Vaccination in Bombay 1874-1876 - 1874-1876
Year: 1874
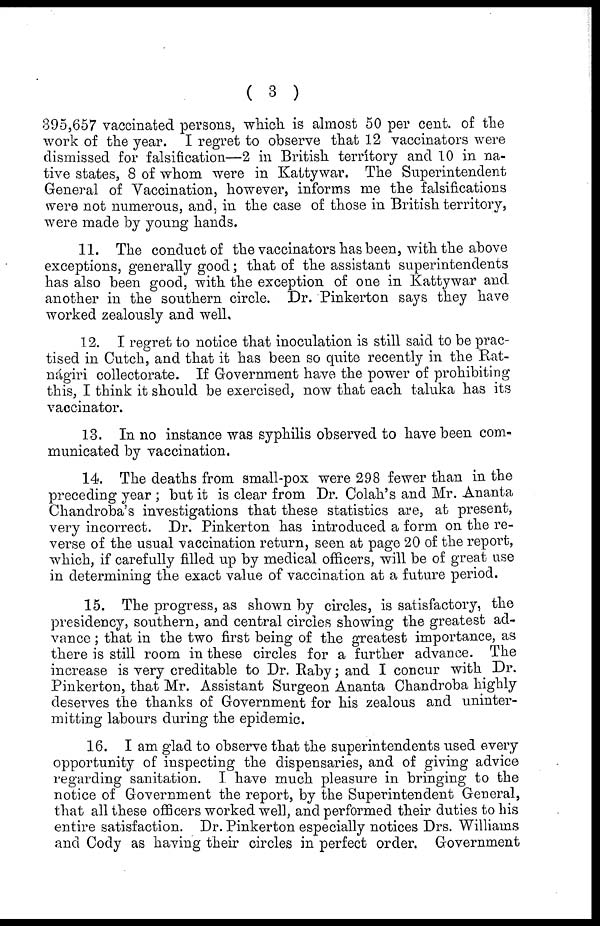
( 3 )
395,657 vaccinated persons, which is almost 50 per cent. of the
work of the year. I regret to observe that 12 vaccinators were
dismissed for falsification—2 in British terrítory and 10 in na-
tive states, 8 of whom were in Kattywar. The Superintendent
General of Vaccination, however, informs me the falsifications
were not numerous, and, in the case of those in British territory,
were made by young hands.
11. The conduct of the vaccinators has been, with the above
exceptions, generally good; that of the assistant superintendents
has also been good, with the exception of one in Kattywar and
another in the southern circle. Dr. Pinkerton says they have
worked zealously and well.
12. I regret to notice that inoculation is still said to be prac-
tised in Cutch, and that it has been so quite recently in the Rat¬
nágiri collectorate. If Government have the power of prohibiting
this, I think it should be exercised, now that each taluka has its
vaccinator.
13. In no instance was syphilis observed to have been com-
municated by vaccination.
14. The deaths from small-pox were 298 fewer than in the
preceding year ; but it is clear from Dr. Colah's and Mr. Ananta
Chandroba's investigations that these statistics are, at present,
very incorrect. Dr. Pinkerton has introduced a form on the re-
verse of the usual vaccination return, seen at page 20 of the report,
which, if carefully filled up by medical officers, will be of great use
in determining the exact value of vaccination at a future period.
15. The progress, as shown by circles, is satisfactory, the
presidency, southern, and central circles showing the greatest ad-
vance ; that in the two first being of the greatest importance, as
there is still room in these circles for a further advance. The
increase is very creditable to Dr. Raby; and I concur with Dr.
Pinkerton, that Mr. Assistant Surgeon Ananta Chandroba highly
deserves the thanks of Government for his zealous and uninter¬
mitting labours during the epidemic.
16. I am glad to observe that the superintendents used every
opportunity of inspecting the dispensaries, and of giving advice
regarding sanitation. I have much pleasure in bringing to the
notice of Government the report, by the Superintendent General,
that all these officers worked well, and performed their duties to his
entire satisfaction. Dr. Pinkerton especially notices Drs. Williams
and Cody as having their circles in perfect order. Government